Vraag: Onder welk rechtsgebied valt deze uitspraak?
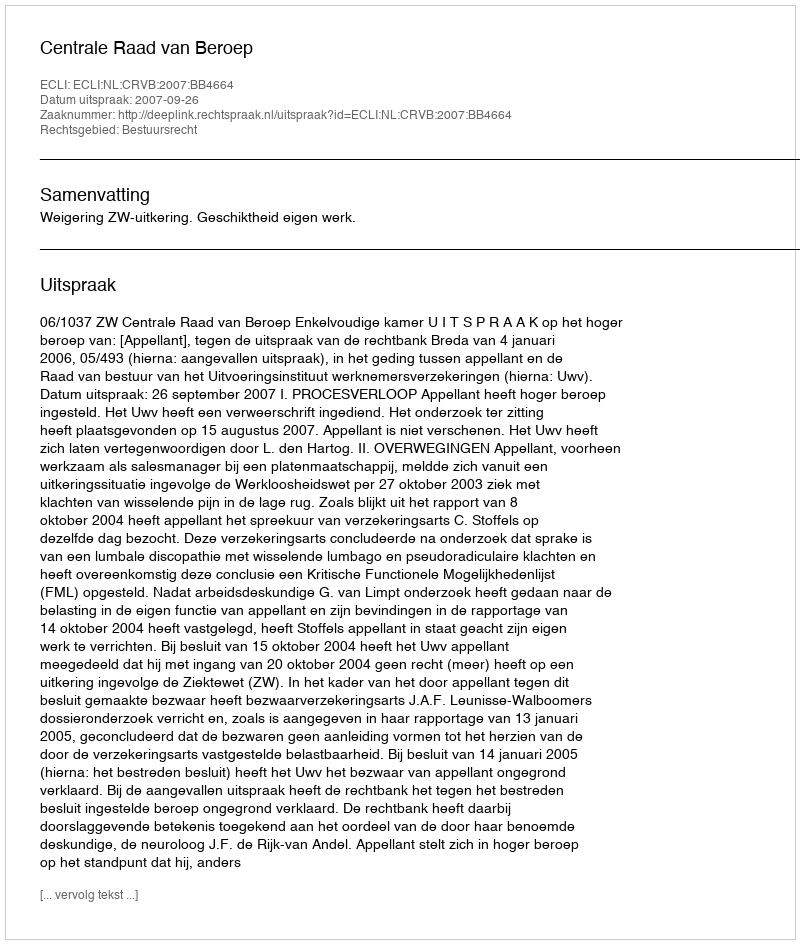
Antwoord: Bestuursrecht